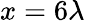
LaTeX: x=6\lambda